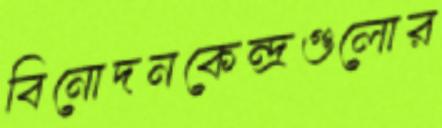
বিনোদনকেন্দ্রগুলোর